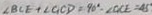
\angle B C E + \angle G C D = 9 0 ^ { \circ } - \angle C C E = 4 5 ^ { \circ }